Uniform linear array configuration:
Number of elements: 48
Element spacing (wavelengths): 1
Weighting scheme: exponential
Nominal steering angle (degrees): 30
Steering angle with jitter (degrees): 30.132
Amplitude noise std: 0.05
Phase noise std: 0.05

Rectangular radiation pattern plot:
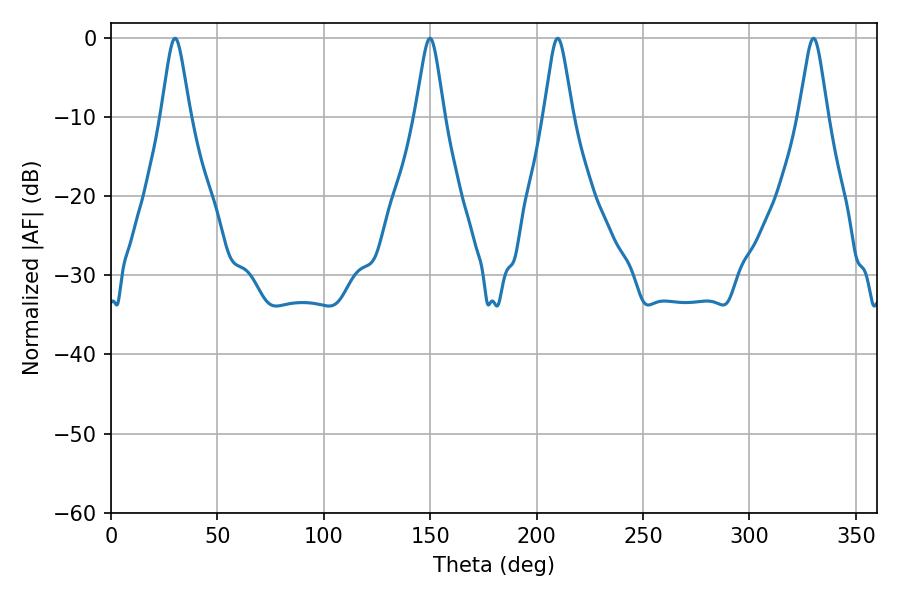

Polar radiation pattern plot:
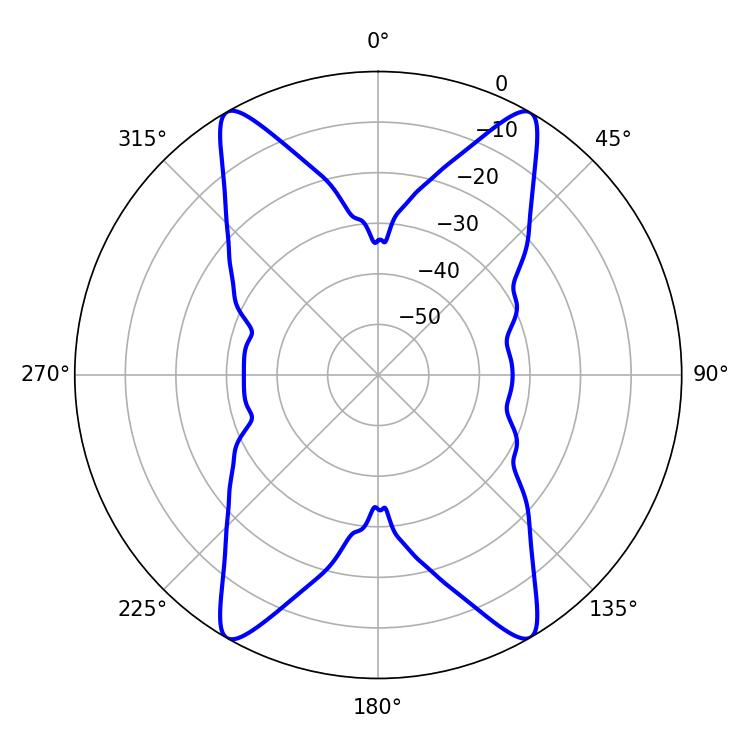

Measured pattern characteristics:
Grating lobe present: TRUE
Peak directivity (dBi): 34.99
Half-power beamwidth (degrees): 6.48
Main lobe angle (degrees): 209.88